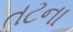
તટના